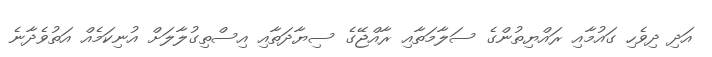
އަދި ދިވެހި ގައުމާއި ރައްޔިތުންގެ ސަލާމަތާއި ރާއްޖޭގެ ސިޔާދަތާއި އިސްތިގުލާލަށް އުނިކަމެއް އަތުވެދާނެ